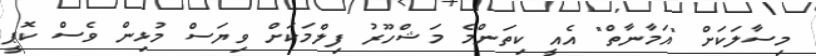
މިސާލަކަށް "އަމާނާތް" އެއީ ކިތަންމެ މަޝްހޫރު ފިލްމަކަށް ވިޔަސް މުޅިން ވެސް ކޮޕީ